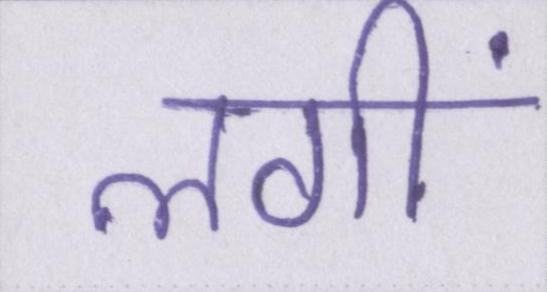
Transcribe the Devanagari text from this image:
लगीं